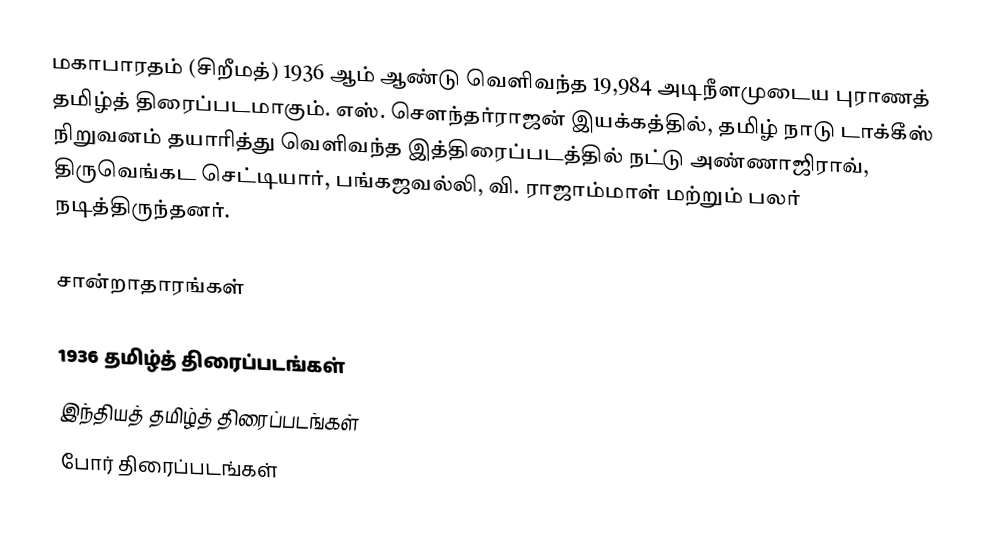
மகாபாரதம் (சிறீமத்) 1936 ஆம் ஆண்டு வெளிவந்த 19,984 அடிநீளமுடைய புராணத் தமிழ்த் திரைப்படமாகும். எஸ். சௌந்தர்ராஜன் இயக்கத்தில், தமிழ் நாடு டாக்கீஸ் நிறுவனம் தயாரித்து வெளிவந்த இத்திரைப்படத்தில் நட்டு அண்ணாஜிராவ், திருவெங்கட செட்டியார், பங்கஜவல்லி, வி. ராஜாம்மாள் மற்றும் பலர் நடித்திருந்தனர்.

சான்றாதாரங்கள்

1936 தமிழ்த் திரைப்படங்கள்
இந்தியத் தமிழ்த் திரைப்படங்கள்
போர் திரைப்படங்கள்